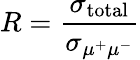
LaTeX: R={\frac{\sigma_{\mathrm{total}}}{\sigma_{\mu^{+}\mu^{-}}}}